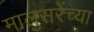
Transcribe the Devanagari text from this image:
मालुसरेंच्या